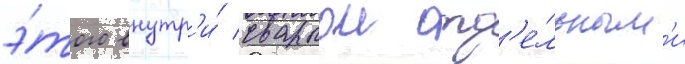
э́того внутр'и́ сваркои отд'е́льным'и